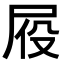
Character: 𪨍